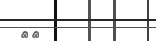
٥٢